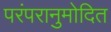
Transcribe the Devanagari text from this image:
परंपरानुमोदित